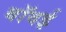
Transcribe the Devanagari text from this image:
बॉवई